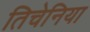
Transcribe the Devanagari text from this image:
तिचेनिया